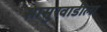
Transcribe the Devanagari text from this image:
सासुरवाडीला